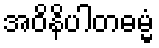
အဝိနိပါတဓမ္မံ